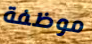
موظفة